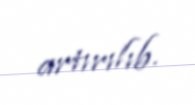
artırılıb.